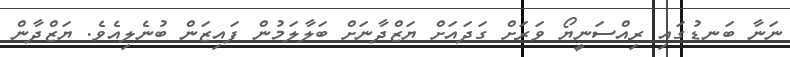
ނަނާ ބަނޑުގައި ރިއްސަނީޔޯ ވަރަށް ގަދައަށް ޔަޒްދާނަށް ބަލާލަމުން ފައިޒަން ބުނެލިއެވެ. ޔަޒްދާން